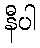
နီပါ